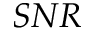
S N R